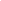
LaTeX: \begin{array}{rlrlrl}\end{array}